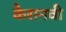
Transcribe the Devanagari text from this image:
कैरानवी